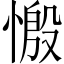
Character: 𢟝